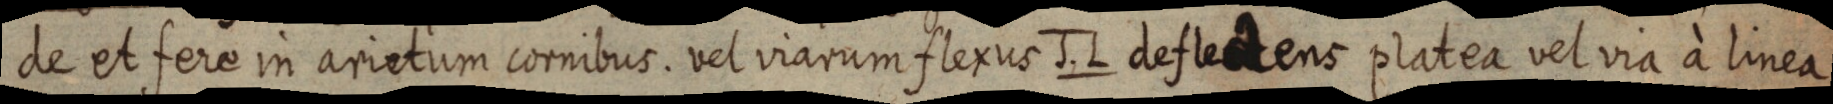
de et fere in arietum cornibus. vel viarum flerus J. L deflectens platea vel via à linea